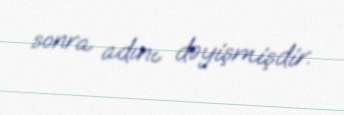
sonra adını dəyişmişdir.